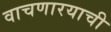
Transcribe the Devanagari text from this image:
वाचणारयाची